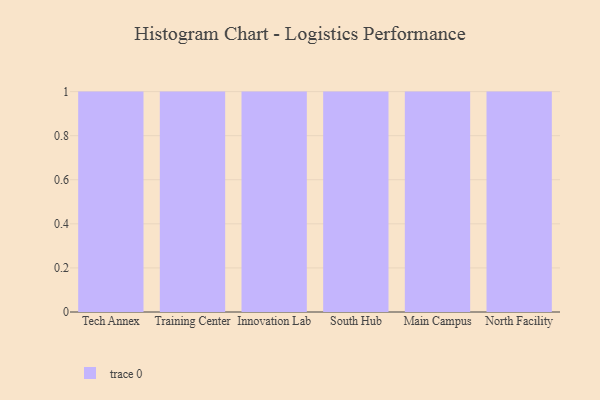
{"axis": {"x": "Campus", "y": "Revenue (USD Million)"}, "legend": [""], "data": [{"x": "Tech Annex", "y": 52, "type": ""}, {"x": "Training Center", "y": 68, "type": ""}, {"x": "Innovation Lab", "y": 52, "type": ""}, {"x": "South Hub", "y": 90, "type": ""}, {"x": "Main Campus", "y": 20, "type": ""}, {"x": "North Facility", "y": 11, "type": ""}]}